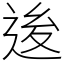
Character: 𨒥